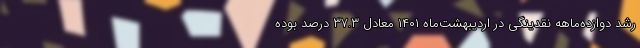
رشد دوازده‌ماهه نقدینگی در اردیبهشت‌ماه ۱۴۰۱ معادل ۳۷.۳ درصد بوده